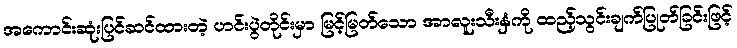
အကောင်းဆုံးပြင်ဆင်ထားတဲ့ ဟင်းပွဲတိုင်းမှာ မြင့်မြတ်သော အာလူးသီးနှံကို ထည့်သွင်းချက်ပြုတ်ခြင်းဖြင့်